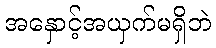
အနှောင့်အယှက်မရှိဘဲ